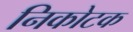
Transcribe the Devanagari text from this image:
निकोटक